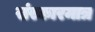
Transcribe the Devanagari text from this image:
संस्कारमात्र